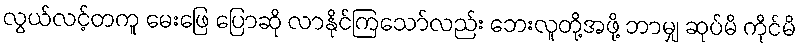
လွယ်လင့်တကူ မေးဖြေ ပြောဆို လာနိုင်ကြသော်လည်း ဘေးလူတို့အဖို့ ဘာမျှ ဆုပ်မိ ကိုင်မိ